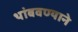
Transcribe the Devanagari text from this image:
थांबवण्याने